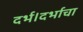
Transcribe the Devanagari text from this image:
दर्भ।दर्भाचा